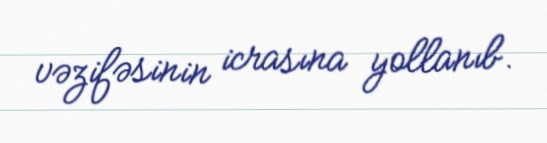
vəzifəsinin icrasına yollanıb.